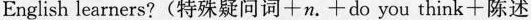
Englishlearners?(特殊疑问词+n.+do you think+陈述